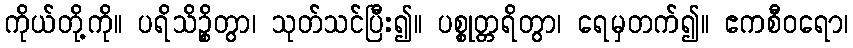
ကိုယ်တို့ကို။ ပရိသိဉ္စိတွာ၊ သုတ်သင်ပြီး၍။ ပစ္စုတ္တရိတွာ၊ ရေမှတက်၍။ ဧကစီဝရော၊